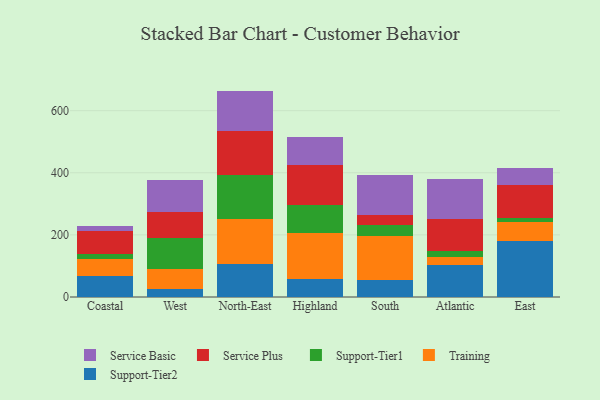
{"axis": {"x": "Region", "y": "Humidity (%)"}, "legend": ["Service Basic", "Service Plus", "Support-Tier1", "Support-Tier2", "Training"], "data": [{"x": "Coastal", "y": 68.2, "type": "Support-Tier2"}, {"x": "Coastal", "y": 54.6, "type": "Training"}, {"x": "Coastal", "y": 14.5, "type": "Support-Tier1"}, {"x": "Coastal", "y": 74.3, "type": "Service Plus"}, {"x": "Coastal", "y": 17.9, "type": "Service Basic"}, {"x": "West", "y": 25.2, "type": "Support-Tier2"}, {"x": "West", "y": 63.6, "type": "Training"}, {"x": "West", "y": 99.7, "type": "Support-Tier1"}, {"x": "West", "y": 85.3, "type": "Service Plus"}, {"x": "West", "y": 102.6, "type": "Service Basic"}, {"x": "North-East", "y": 106.0, "type": "Support-Tier2"}, {"x": "North-East", "y": 146.0, "type": "Training"}, {"x": "North-East", "y": 141.7, "type": "Support-Tier1"}, {"x": "North-East", "y": 141.0, "type": "Service Plus"}, {"x": "North-East", "y": 129.1, "type": "Service Basic"}, {"x": "Highland", "y": 58.9, "type": "Support-Tier2"}, {"x": "Highland", "y": 147.3, "type": "Training"}, {"x": "Highland", "y": 88.6, "type": "Support-Tier1"}, {"x": "Highland", "y": 130.8, "type": "Service Plus"}, {"x": "Highland", "y": 89.9, "type": "Service Basic"}, {"x": "South", "y": 54.6, "type": "Support-Tier2"}, {"x": "South", "y": 143.3, "type": "Training"}, {"x": "South", "y": 34.4, "type": "Support-Tier1"}, {"x": "South", "y": 32.9, "type": "Service Plus"}, {"x": "South", "y": 129.2, "type": "Service Basic"}, {"x": "Atlantic", "y": 102.1, "type": "Support-Tier2"}, {"x": "Atlantic", "y": 26.7, "type": "Training"}, {"x": "Atlantic", "y": 18.7, "type": "Support-Tier1"}, {"x": "Atlantic", "y": 102.1, "type": "Service Plus"}, {"x": "Atlantic", "y": 129.0, "type": "Service Basic"}, {"x": "East", "y": 179.4, "type": "Support-Tier2"}, {"x": "East", "y": 61.7, "type": "Training"}, {"x": "East", "y": 12.0, "type": "Support-Tier1"}, {"x": "East", "y": 106.1, "type": "Service Plus"}, {"x": "East", "y": 56.5, "type": "Service Basic"}]}